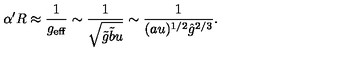
\alpha ^ { \prime } R \approx \frac { 1 } { g _ { \mathrm { e f f } } } \sim \frac { 1 } { \sqrt { \tilde { g } \tilde { b } u } } \sim \frac { 1 } { ( a u ) ^ { 1 / 2 } { \hat { g } } ^ { 2 / 3 } } .